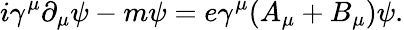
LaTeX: i\gamma^{\mu}\partial_{\mu}\psi-m\psi=e\gamma^{\mu}(A_{\mu}+B_{\mu})\psi.